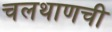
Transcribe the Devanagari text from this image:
चलथाणची